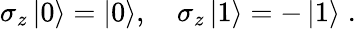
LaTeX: \sigma_{z}\left|0\right\rangle=\left|0\right\rangle,\quad\sigma_{z}\left|1\right\rangle=-\left|1\right\rangle\; .